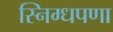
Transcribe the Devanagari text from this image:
स्निग्धपणा